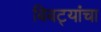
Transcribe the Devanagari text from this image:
बिबट्यांचा